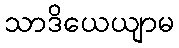
သာဒိယေယျာမ